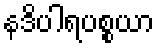
နဒိပါရပစ္စယာ